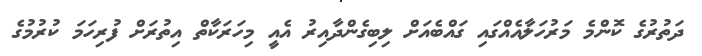
ދަތުރުގެ ކޮންމެ މަރުހަލާއެއްގައި ގައްބެއަށް ލިބިގެންދާއިރު އެއީ މިހަރަކާތް އިތުރަށް ފުރިހަމަ ކުރުމުގެ